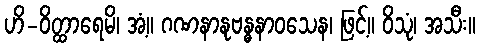
ဟိ-ဝိတ္ထာရေမိ၊ အံ့။ ဂဏနာနုဗန္ဓနာဝသေန၊ ဖြင့်။ ဝိသုံ၊ အသီး။